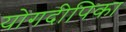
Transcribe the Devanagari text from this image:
योगदीपिका